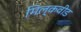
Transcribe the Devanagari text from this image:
मिल्कवीड